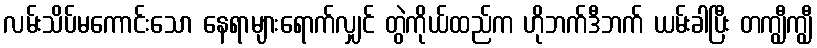
လမ်းသိပ်မကောင်းသော နေရာများရောက်လျှင် တွဲကိုယ်ထည်က ဟိုဘက်ဒီဘက် ယမ်းခါပြီး တကျွီကျွီ